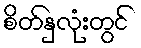
စိတ်နှလုံးတွင်